Medical and sanitary report of the native army of Bengal for the year
Year: 1875
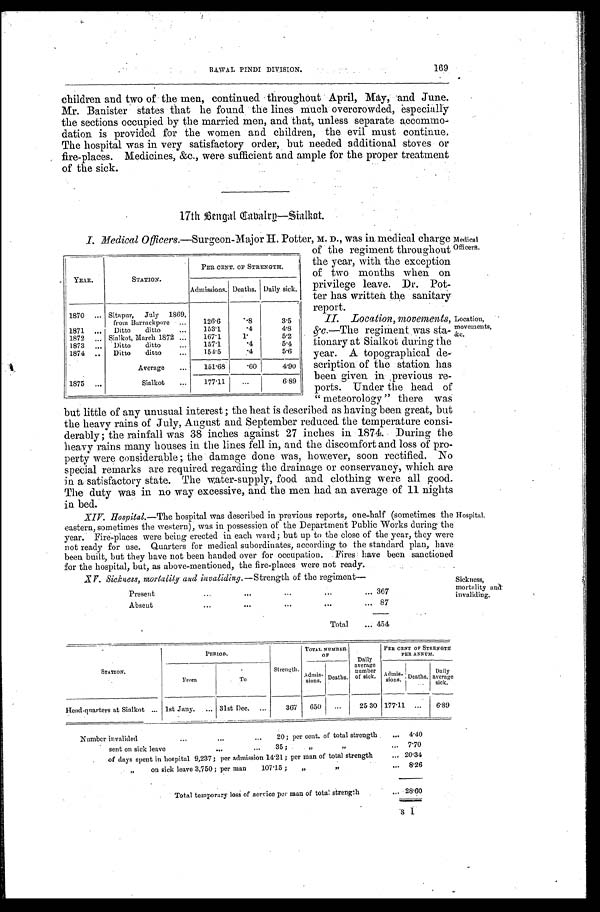
Medical
Officers.
Location,
movements,
&c.
169
RAWAL PINDI DIVISION.
children and two of the men, continued. throughout April, May, and June.
Mr. Banister states that he found the lines much overcrowded, especially
the sections occupied by the married men, and that, unless separate accommo
dation is provided for the women and children, the evil must continue,
The hospital was in very satisfactory order, but needed additional stoves or
fire-places. Medicines, &c., were sufficient and ample for the proper treatment
of the sick.
17th Bengal Cabalry—Sialkot.
I. Medical Officers.—Surgeon-Maior H. Potter, M. D., was in medical charge
YEAR.
STATION.
PER CENT. OF STRENGTH.
Admissions. Deaths. Daily sick..
1870 ... Sitapur, July 1869,
from Barrackpore ...
126.6
.8
3.5
1871 ... Ditto
ditto
...
153.1
.4
4.8
1872 ... Sialkot, March 1872 ...
167.1
1 .
5.2
1873 ... Ditto
ditto
...
157.1
.4
5.4
1874 ..
Ditto
ditto
...
154.5
.4
5.6
Average
...
151.68 .60
4.90
1875 ...
Sialkot
...
177.11
...
6.89
of the regiment throughout
the year, with the exception
of two months when on
privilege leave. Dr. Pot-
ter has written the sanitary
r e p o r t .
II. Location, movements,
&c.—The regiment, was sta
tionary at Sialkot during the
year. A topographical de
scription of the station has
been given in , previous re
ports. Under the head of
" meteorolo g y " there was
but little of any unusual interest ; the heat is described as having been great, but
the heavy rains of July, Auust and September reduced the temperature consi
derably ; the rainfall was 38 inches against 27 inches in 1874. During the
heavy rains many houses in the lines fell in, and the discomfort and loss of pro
perty were considerable ; the damage done was, however, soon rectified. No
special remarks are required regarding the drainage or conservancy, which are
in a satisfactory state. The water-supply, food and clothing were all good.
The duty was in no way excessive, and the men had an average of 11 nights
in bed.
XIV. Hospital.—The hospital was described in previous reports, one-half (sometimes the
eastern, sometimes the western), was in possession of the Department Public Works during the
year. Fire-places were being erected in each ward; but up to the close of the year, they were
not ready for use. Quarters for medical subordinates, according to the standard plan, have
been built, but they have not been handed over for occupation. Fires have been sanctione
d for the hospital, but, as above-mentioned,
the fire-places were not ready.
Hospital.
XV. Sickuss, mortalitynd invaliding.—Strength of the regiment—
Present
...
...
...
... 367
Absent
...
. . .
. . .
. . .
. . . 87
Total
... 454
Sickness,
mortality and
invaliding.
STATION.
PERIOD.
Strength.
TOTAL NUMBER
OF
Daily
aver age number of si ck.
PER CENT OF STRENGTH
PER ANNUM.
From
To
A d m i s s i o n s .
Deaths.
A d m i s s i o n s .
Deaths. Daily average
sick.
Head-quarters at Sialkot ... 1st Jany. ... 31st Dec. ...
367
650
...
25 30 177.11
...
6.89
Number invalided
...
...
...
20; per cent. of total strength
... 4.40
sent on sick leave
...
...
35 ; ,,
,,
... 7.70
of days spent in hospital 9,237; per admission 14.21; per man of total strength
... 20.34
„
on sick leave 3,750; per man
107.15 ;
„
,,
... 8.26
Total temporary loss of service per man of total strength
. . .
28.60